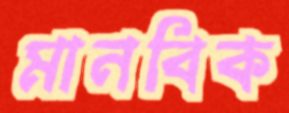
মানবিক